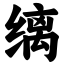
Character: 缡